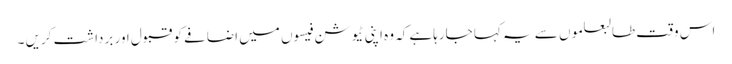
اس وقت طالبعلموں سے یہ کہا جارہاہے کہ وہ اپنی ٹیوشن فیسوں میں اضافے کو قبول اور برداشت کریں ۔